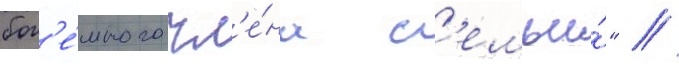
бог'е́много чл'е́на с'емьи́" //